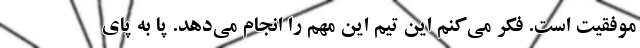
موفقیت است. فکر می‌کنم این تیم این مهم را انجام می‌دهد. پا به پای